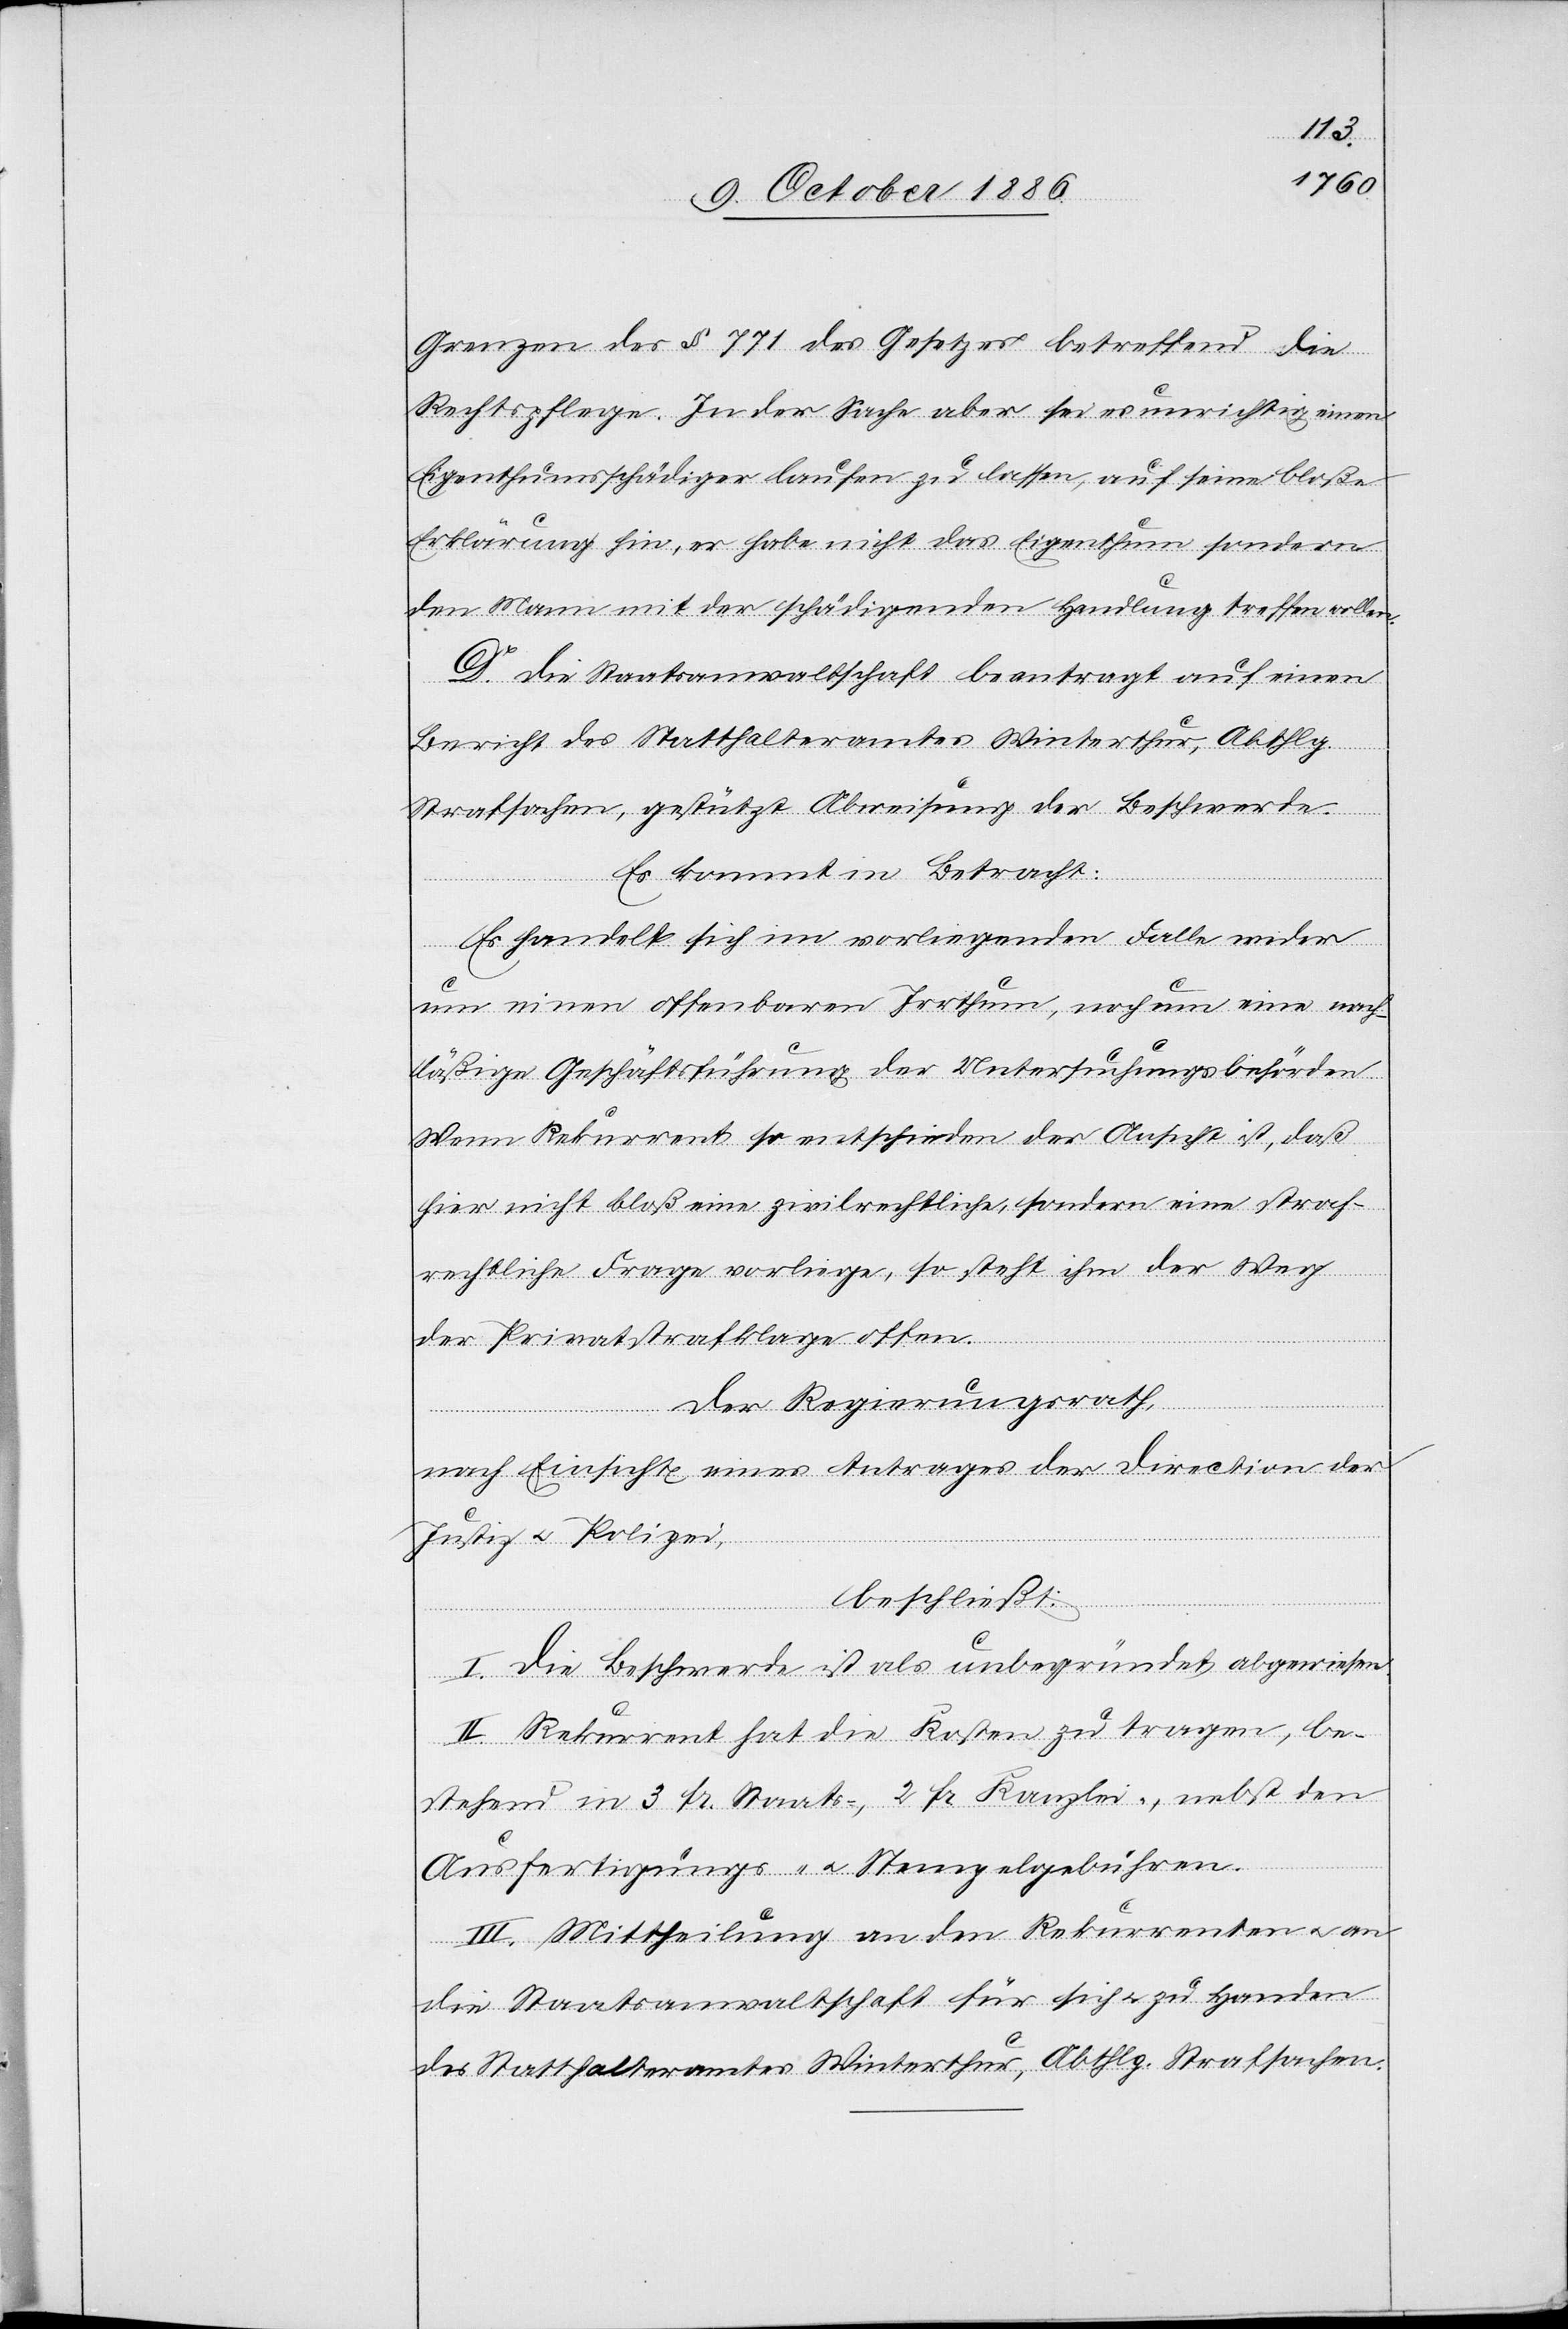
Grenzen des § 771 des Gesetzes betreffend die
Rechtspflege. In der Sache aber sei es unrichtig einen
Eigenthumsschädiger laufen zu lassen, auf seine bloße
Erklärung hin, er habe nicht das Eigenthum sondern
den Mann mit der schädigenden Handlung treffen wollen.
D. Die Staatsanwaltschaft beantragt auf einen
Bericht des Statthalteramtes Winterthur, Abthlg.
Strafsachen, gestützt Abweisung der Beschwerde.
Es kommt in Betracht:
Es handelt sich im vorliegenden Falle weder
um einen offenbaren Irrthum, noch um eine nach¬
läßige Geschäftsführung der Untersuchungsbehörden.
Wenn Rekurrent so entschieden der Ansicht ist, daß
hier nicht bloß eine zivilrechtliche, sondern eine straf¬
rechtliche Frage vorliege, so steht ihm der Weg
der Privatstrafklage offen.
Der Regierungsrath,
nach Einsicht eines Antrages der Direction der
Justiz & Polizei,
beschließt:
I. Die Beschwerde ist als unbegründet abgewiesen.
II. Rekurrent hat die Kosten zu tragen, be¬
stehend in 3 Fr. Staats-, 2 Fr. Kanzlei-, nebst den
Ausfertigungs- & Stempelgebühren.
III. Mittheilung an den Rekurrenten & an
die Staatsanwaltschaft für sich & zu Handen
des Statthalteramtes Winterthur, Abthlg. Strafsachen.